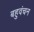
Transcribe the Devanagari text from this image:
बहुवंचन